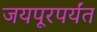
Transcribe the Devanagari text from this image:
जयपूरपर्यंत